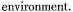
environment.